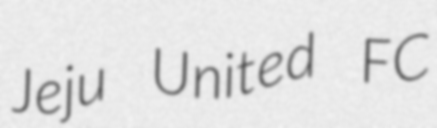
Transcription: Jeju United FC